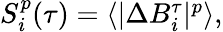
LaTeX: \begin{array}{r}{S_{i}^{p}(\tau)=\langle\lvert\Delta B_{i}^{\tau}\rvert^{p}\rangle,}\end{array}